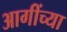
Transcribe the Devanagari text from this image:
आगींच्या